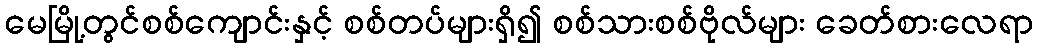
မေမြို့တွင်စစ်ကျောင်းနှင့် စစ်တပ်များရှိ၍ စစ်သားစစ်ဗိုလ်များ ခေတ်စားလေရာ